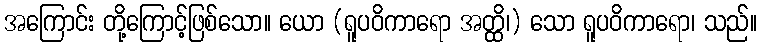
အကြောင်း တို့ကြောင့်ဖြစ်သော။ ယော (ရူပဝိကာရော အတ္ထိ၊) သော ရူပဝိကာရော၊ သည်။